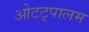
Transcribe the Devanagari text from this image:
ओटट्पालम